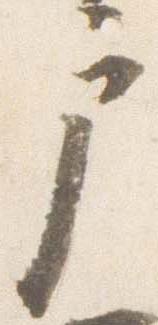
戸